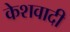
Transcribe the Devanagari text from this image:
केशवादी